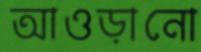
আওড়ানো